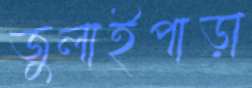
জুলাইপাড়া